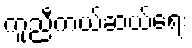
ကူညီကယ်ဆယ်ရေး